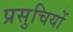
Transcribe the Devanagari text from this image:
प्रसुचियों